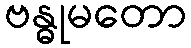
ဗန္ဓုမတော